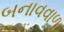
બનાવવાળા